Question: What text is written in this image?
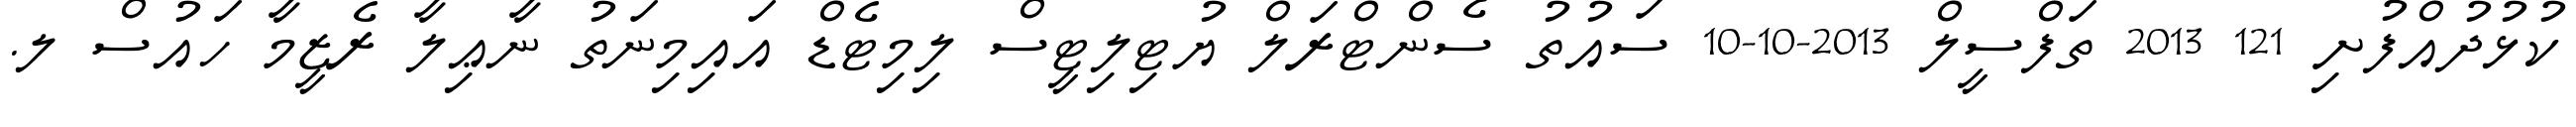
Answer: ކުޅުދުއްފުށި 121 2013 ތަފްސީލް 2013-10-10 ސައުތު ސެންޓްރަލް ޔުޓިލިޓީސް ލިމިޓެޑް އައިމިނަތު ނާޢިލާ ރެޒީމާ ހައުސް ލ.